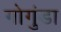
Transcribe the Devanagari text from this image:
गोगुंडा